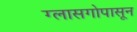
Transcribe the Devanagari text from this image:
ग्लासगोपासून